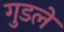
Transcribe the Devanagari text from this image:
गुडले